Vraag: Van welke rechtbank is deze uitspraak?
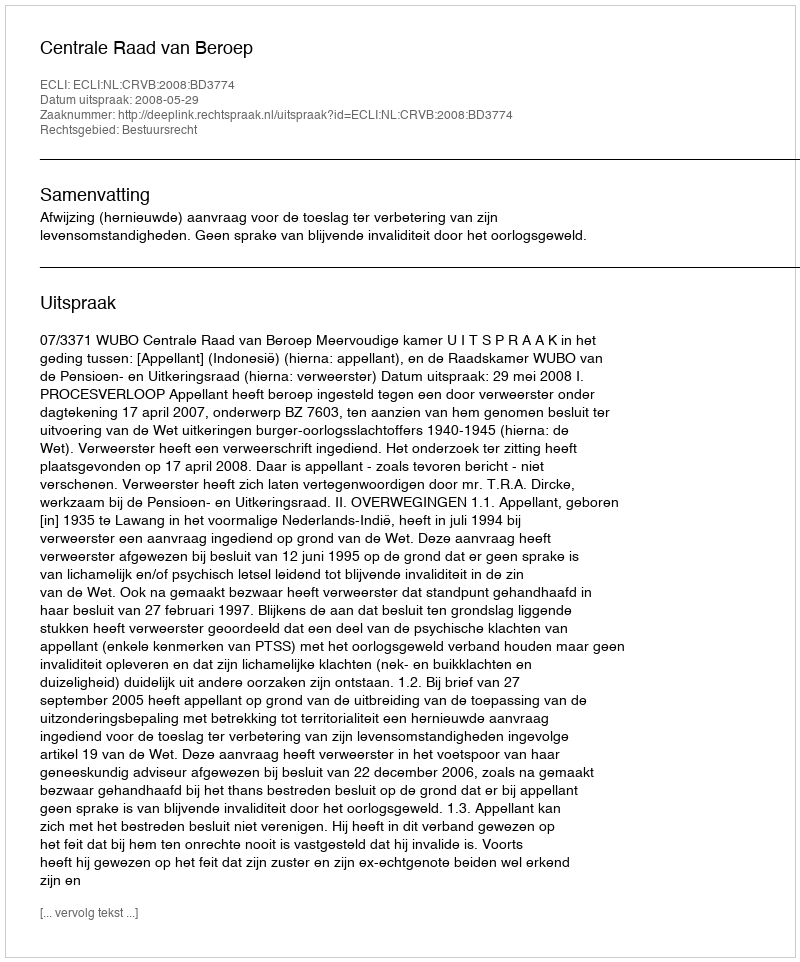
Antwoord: Centrale Raad van Beroep